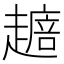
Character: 𧽴